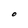
Character: O